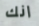
انك